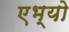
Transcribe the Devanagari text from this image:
एभ्यो